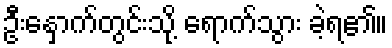
ဦးနှောက်တွင်းသို့ ရောက်သွား ခဲ့ရ၏။